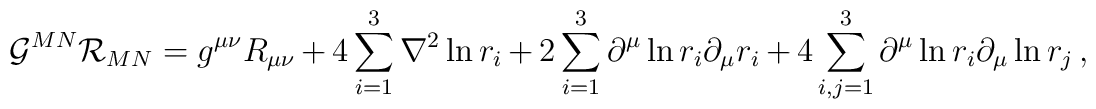
{\cal G}^{MN}{\cal R}_{MN}=g^{\mu\nu}R_{\mu\nu}+4\sum_{i=1}^3 \nabla^2\ln r_i+2\sum_{i=1}^3 \partial^\mu \ln r_i\partial_\mu r_i+4\sum_{i,j=1}^3\partial^\mu\ln r_i\partial_\mu \ln r_j\,,